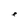
Character: e